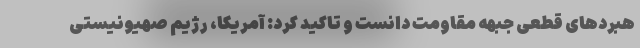
هبردهای قطعی جبهه مقاومت دانست و تاکید کرد: آمریکا، رژیم صهیونیستی